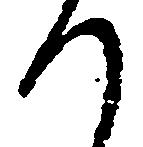
り